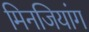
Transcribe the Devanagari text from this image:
मिनजियांग